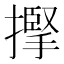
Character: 𢴡